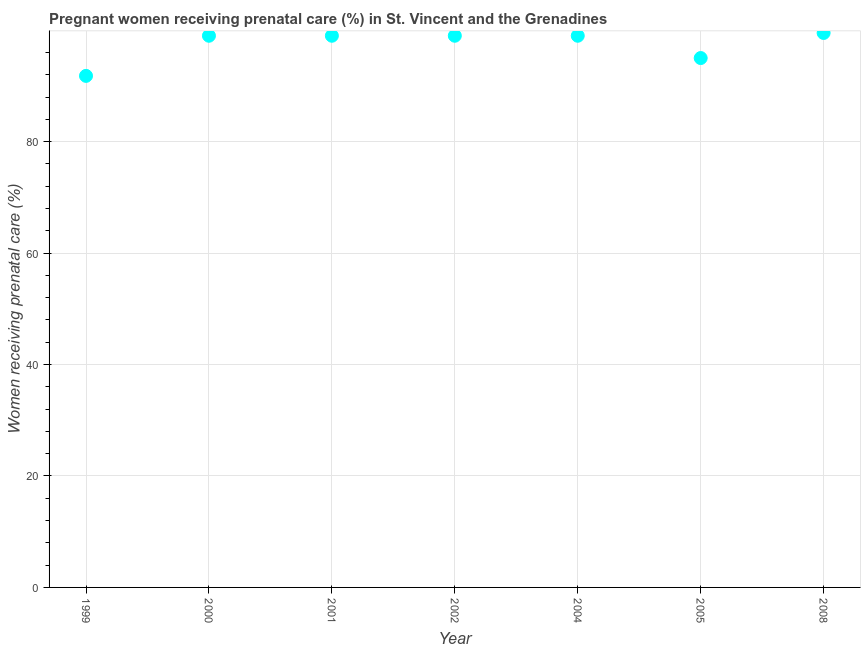
| Year | Pregnant women receiving prenatal care |
 | --- | --- |
 | 1999 | 91.8 |
 | 2000 | 99 |
 | 2001 | 99 |
 | 2002 | 99 |
 | 2004 | 99 |
 | 2005 | 95 |
 | 2008 | 99.5 |